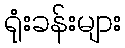
ရုံးခန်းများ